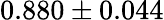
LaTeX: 0.880\pm 0.044